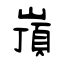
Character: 嵿